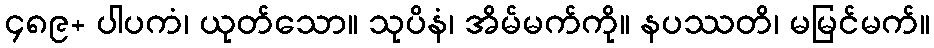
၄၈၉+ ပါပကံ၊ ယုတ်သော။ သုပိနံ၊ အိမ်မက်ကို။ နပဿတိ၊ မမြင်မက်။